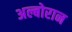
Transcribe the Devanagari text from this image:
अल्बोरान